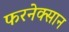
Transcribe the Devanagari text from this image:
फरनेक्सान